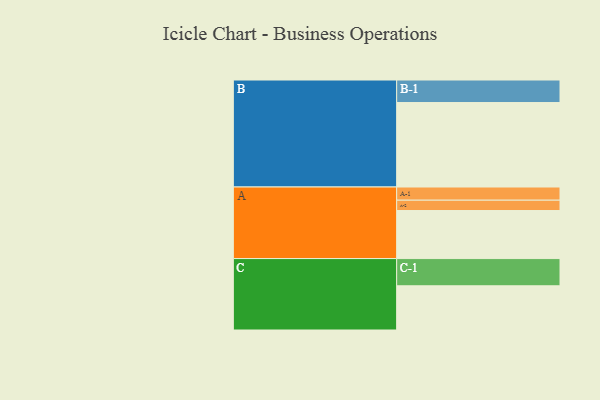
{"axis": {"x": "Segment", "y": "Value"}, "legend": ["", "A", "B", "C"], "data": [{"x": "A", "y": 339, "type": ""}, {"x": "B", "y": 596, "type": ""}, {"x": "C", "y": 312, "type": ""}, {"x": "A-1", "y": 93, "type": "A"}, {"x": "A-2", "y": 73, "type": "A"}, {"x": "B-1", "y": 159, "type": "B"}, {"x": "C-1", "y": 192, "type": "C"}]}